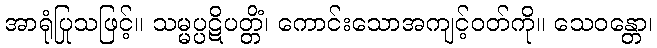
အာရုံပြုသဖြင့်။ သမ္မပ္ပဋိပတ္တိံ၊ ကောင်းသောအကျင့်ဝတ်ကို။ သေဝန္တော၊